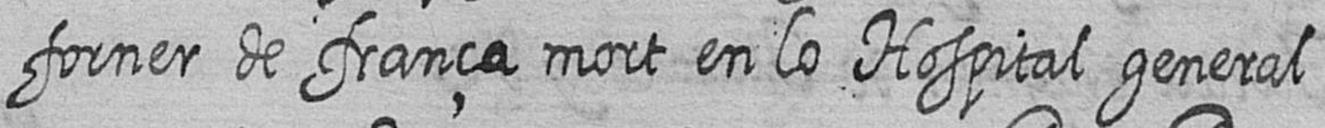
forner de frança mort en lo Hospital general